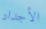
الأجداد